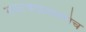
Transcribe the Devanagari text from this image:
सफरचंदाप्रमाणेच